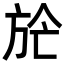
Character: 𣃢